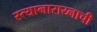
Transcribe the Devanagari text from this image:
स्त्यानाराय्नाची